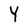
Character: Y